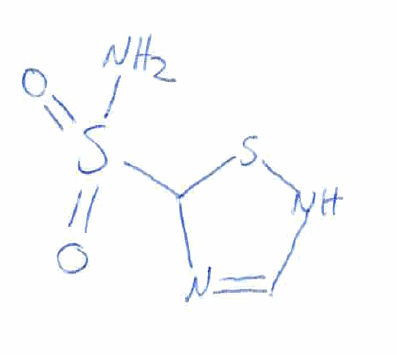
Simplified molecular-input line-entry system (SMILES) notation of the given molecule:
C1=NC(SN1)S(=O)(=O)N